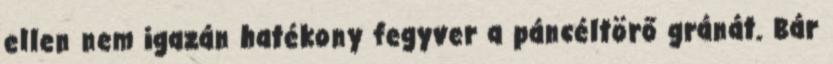
ellen nem igazán hatékony fegyver a páncéltörő gránát. Bár